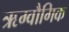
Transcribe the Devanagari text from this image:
ऋग्वौगिक